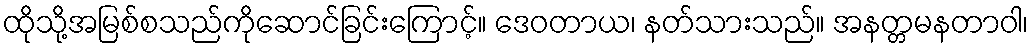
ထိုသို့အမြစ်စသည်ကိုဆောင်ခြင်းကြောင့်။ ဒေဝတာယ၊ နတ်သားသည်။ အနတ္တမနတာဝါ၊